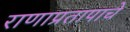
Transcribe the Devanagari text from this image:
राणाप्रतापाचे